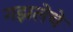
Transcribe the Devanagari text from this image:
गझलेचे